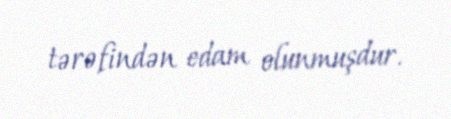
tərəfindən edam olunmuşdur.